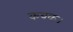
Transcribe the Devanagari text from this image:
कवक।